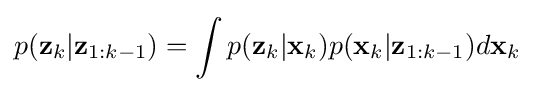
p({\textbf {z}}_{k}|{\textbf {z}}_{1:k-1})=\int p({\textbf {z}}_{k}|{\textbf {x}}_{k})p({\textbf {x}}_{k}|{\textbf {z}}_{1:k-1})d{\textbf {x}}_{k}